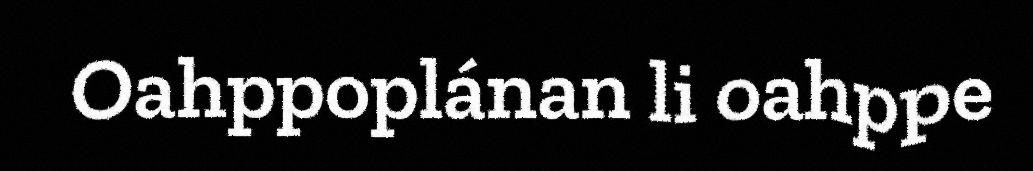
Oahppoplánan li oahppe